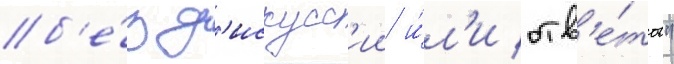
б'е́з д'искусс'ии и́л'и отв'е́тов"